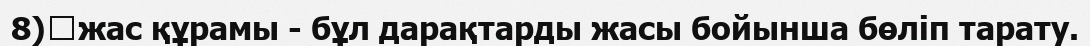
8)	жас құрамы - бұл дарақтарды жасы бойынша бөліп тарату.